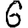
Digit: 6